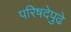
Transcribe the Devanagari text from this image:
परिषदेपुढे